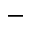
-